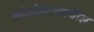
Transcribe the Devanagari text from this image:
कोलोस्ट्रममधील